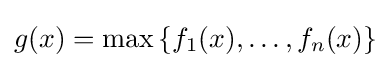
g(x)=\max \left\{f_{1}(x),\ldots ,f_{n}(x)\right\}